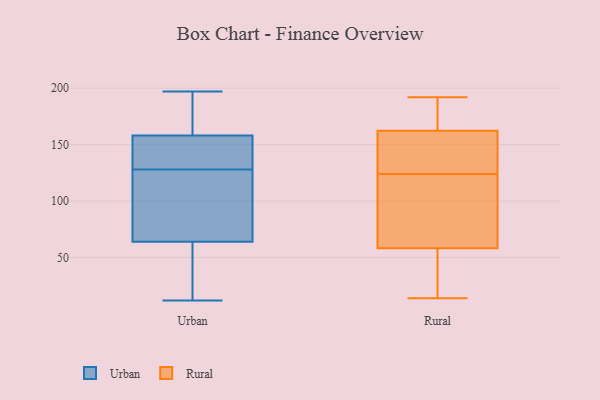
{"axis": {"x": "Humidity (%)", "y": "Value"}, "legend": ["Rural", "Urban"], "data": [{"x": "", "y": 123, "type": "Urban"}, {"x": "", "y": 178, "type": "Urban"}, {"x": "", "y": 48, "type": "Urban"}, {"x": "", "y": 191, "type": "Urban"}, {"x": "", "y": 164, "type": "Urban"}, {"x": "", "y": 142, "type": "Urban"}, {"x": "", "y": 142, "type": "Urban"}, {"x": "", "y": 197, "type": "Urban"}, {"x": "", "y": 133, "type": "Urban"}, {"x": "", "y": 152, "type": "Urban"}, {"x": "", "y": 105, "type": "Urban"}, {"x": "", "y": 139, "type": "Urban"}, {"x": "", "y": 22, "type": "Urban"}, {"x": "", "y": 32, "type": "Urban"}, {"x": "", "y": 115, "type": "Urban"}, {"x": "", "y": 12, "type": "Urban"}, {"x": "", "y": 87, "type": "Urban"}, {"x": "", "y": 55, "type": "Urban"}, {"x": "", "y": 167, "type": "Urban"}, {"x": "", "y": 73, "type": "Urban"}, {"x": "", "y": 136, "type": "Rural"}, {"x": "", "y": 14, "type": "Rural"}, {"x": "", "y": 172, "type": "Rural"}, {"x": "", "y": 65, "type": "Rural"}, {"x": "", "y": 192, "type": "Rural"}, {"x": "", "y": 171, "type": "Rural"}, {"x": "", "y": 124, "type": "Rural"}, {"x": "", "y": 35, "type": "Rural"}, {"x": "", "y": 93, "type": "Rural"}, {"x": "", "y": 134, "type": "Rural"}, {"x": "", "y": 56, "type": "Rural"}]}